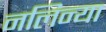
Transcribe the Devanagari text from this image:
नलिन्या